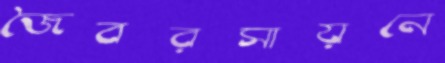
জৈবরসায়নে